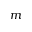
m